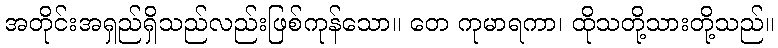
အတိုင်းအရှည်ရှိသည်လည်းဖြစ်ကုန်သော။ တေ ကုမာရကာ၊ ထိုသတို့သားတို့သည်။